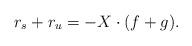
LaTeX: \begin{align*} r_s+r_u=-X\cdot (f+g).\end{align*}